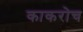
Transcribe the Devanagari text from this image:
काकरोच